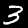
Label: 3